Lunatic asylums Bombay report 1891-1903 - 1891-1903
Year: 1891
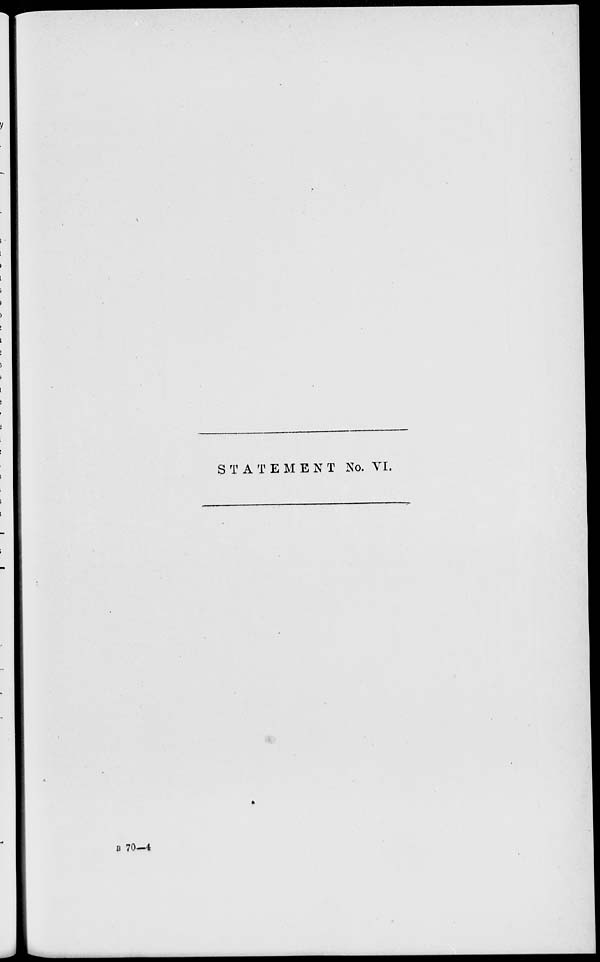
STATEMENT No. VI.
B 70 — 4